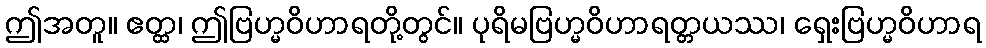
ဤအတူ။ ဧတ္ထ၊ ဤဗြဟ္မဝိဟာရတို့တွင်။ ပုရိမဗြဟ္မဝိဟာရတ္တယဿ၊ ရှေးဗြဟ္မဝိဟာရ